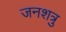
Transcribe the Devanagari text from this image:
जनशत्रु